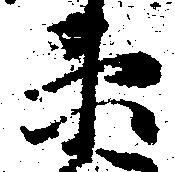
衛